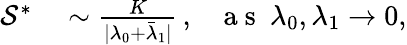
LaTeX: \begin{array}{rl}{\mathcal{S}^{*}}&{{}\sim\frac{K}{\vert\lambda_{0}+\bar{\lambda}_{1}\vert}\, ,~~~\mathrm{~a~s~}~\lambda_{0},\lambda_{1}\rightarrow 0,}\end{array}